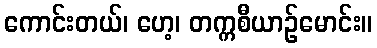
ကောင်းတယ်၊ ဟေ့၊ တက္ကစီယာဉ်မောင်း။